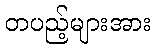
တပည့်များအား